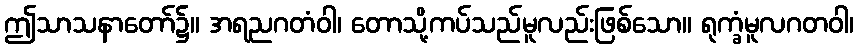
ဤသာသနာတော်၌။ အရညဂတံဝါ၊ တောသို့ကပ်သည်မူလည်းဖြစ်သော။ ရုက္ခံမူလဂတဝါ၊